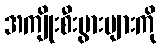
အကျိုးစီးပွားများကို